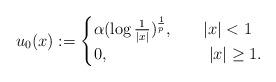
LaTeX: \begin{align*} u_0(x):=\begin{cases}\alpha (\log \frac{1}{|x|})^{\frac 1p},& ~~~|x|<1\\0,&~~~~|x|\geq1.\end{cases}\end{align*}